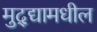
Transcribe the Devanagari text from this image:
मुद्द्यामधील